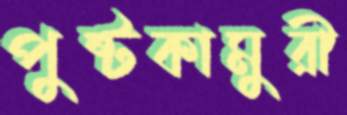
পুষ্টকামুরী